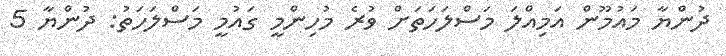
ދުންޔާ މައުމޫން އަމިއްލަ މަސްލަހަތަށް ވުރެ މުހިންމީ ގައުމީ މަސްލަހަތު: ދުންޔާ 5